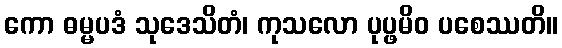
ကော ဓမ္မပဒံ သုဒေသိတံ၊ ကုသလော ပုပ္ဖမိဝ ပစေဿတိ။